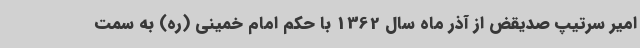
امیر سرتیپ صدیقض از آذر ماه سال 1362 با حکم امام خمینی (ره) به سمت